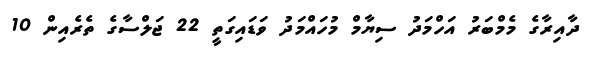
ދާއިރާގެ މެމްބަރު އަހްމަދު ސިޔާމް މުހައްމަދު ވަޑައިގަތީ 22 ޖަލްސާގެ ތެރެއިން 10